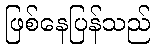
ဖြစ်နေပြန်သည်